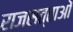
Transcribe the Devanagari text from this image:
राजसत्ताओं